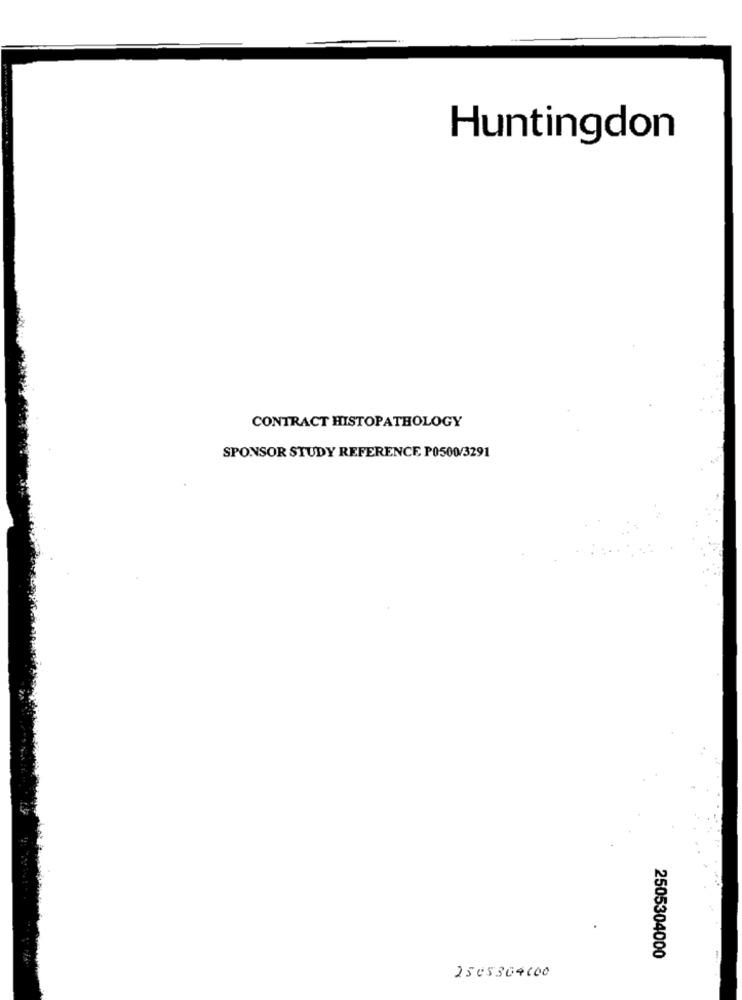
Huntingdon
CONTRACT HISTOPATHOLOGY
SPONSOR STUDY REFERENCE P0500/3291
2505304000
2505304000